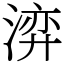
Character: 㴒